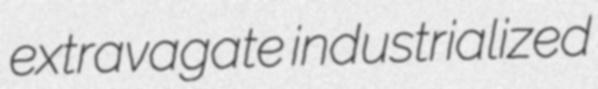
extravagate industrialized